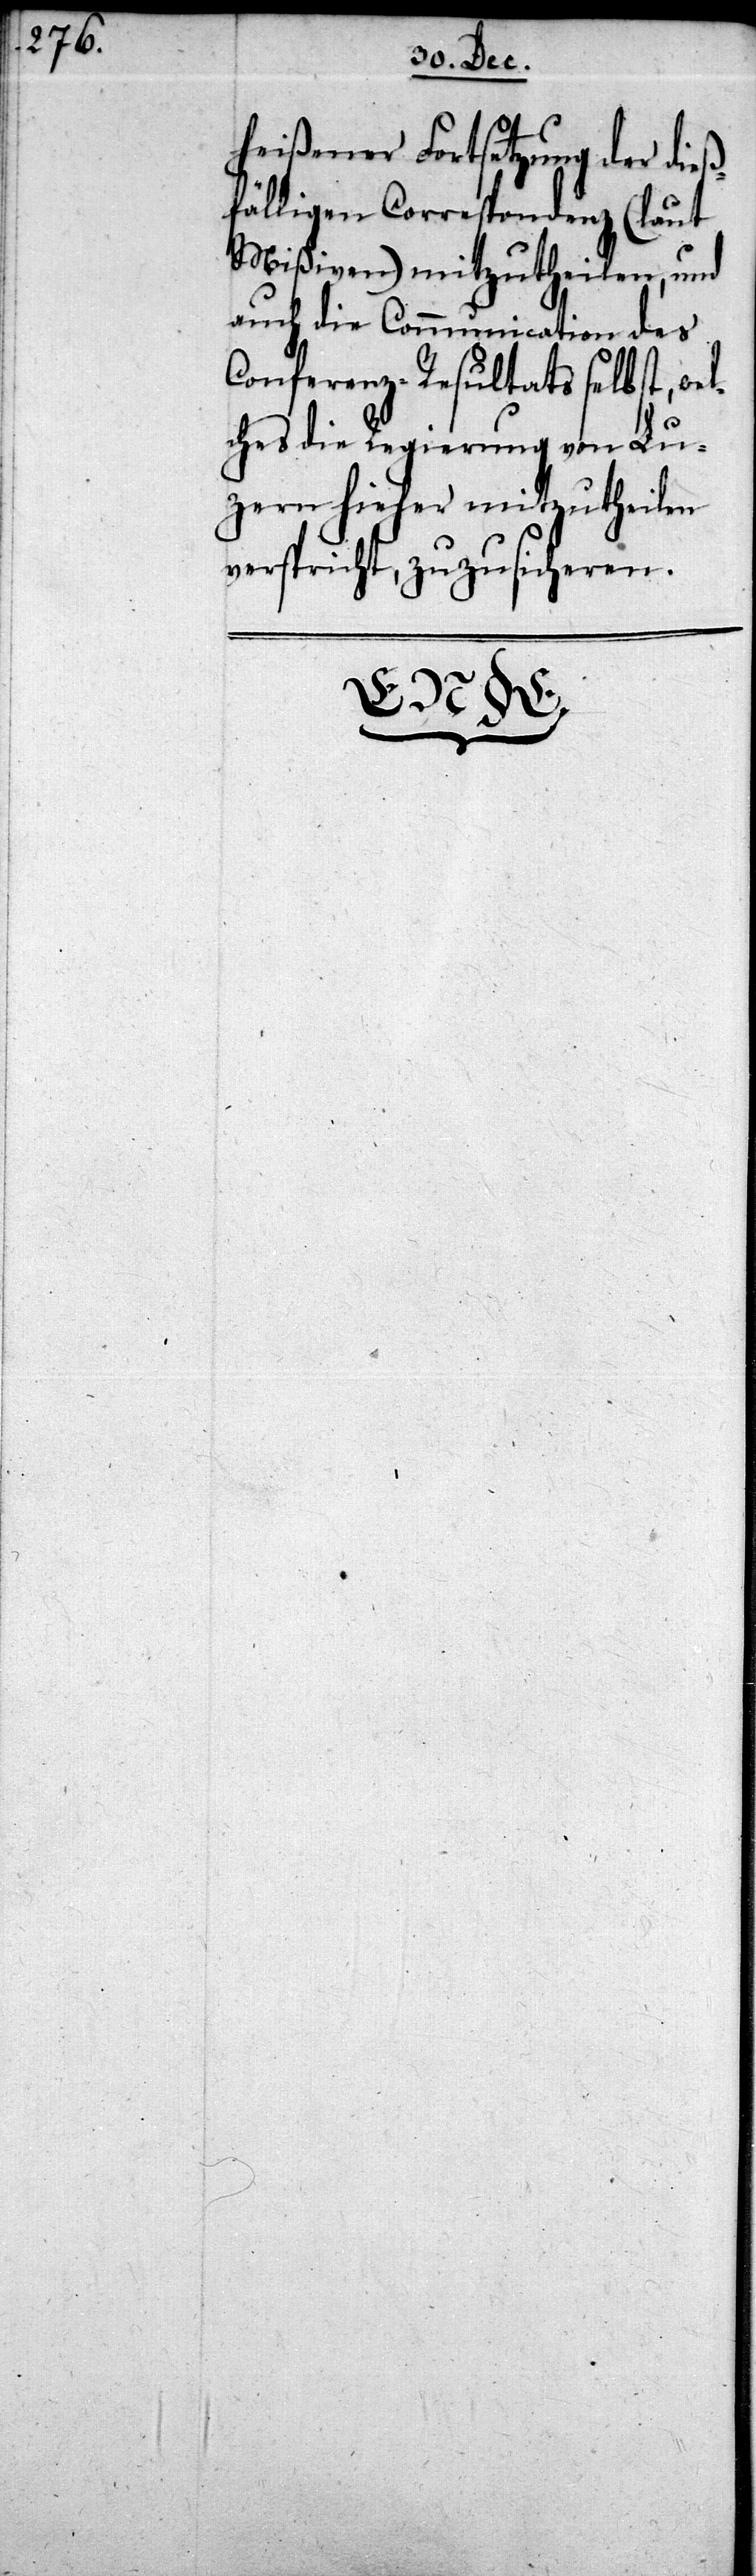
heißener Fortsetzung der dieß¬
fälligen Correspondenz (laut
Mißiven) mitzutheilen, und
auch die Communication des
Conferenz-Resultats selbst, wel¬
ches die Regierung von Lu¬
zern hieher mitzutheilen
verspricht, zuzusicheren.